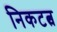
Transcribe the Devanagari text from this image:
निकटत्व